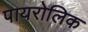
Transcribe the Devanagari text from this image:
पायरोलिक